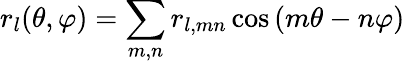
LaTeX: r_{l}(\theta,\varphi)=\sum_{m,n}r_{l,mn}\cos{(m\theta-n\varphi)}